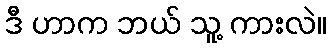
ဒီ ဟာက ဘယ် သူ့ ကားလဲ။